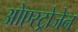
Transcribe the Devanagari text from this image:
ओएस्ट्रोजेन